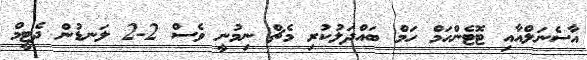
އާސެނަލްއާއި ޓޮޓެންހަމް ހަމް ބައްދަލުކުރި މެޗް ނިމުނީ ވެސް 2-2 ލަނޑުން ދެޓީމް